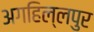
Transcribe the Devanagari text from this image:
अगहिल्लपुर